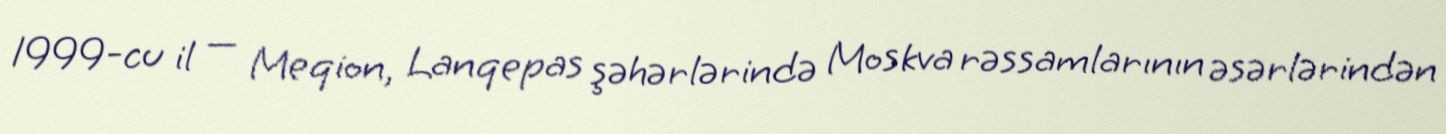
1999-cu il — Meqion, Lanqepas şəhərlərində Moskva rəssamlarının əsərlərindən